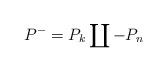
LaTeX: \begin{align*}P^-=P_k \coprod -P_n\end{align*}